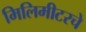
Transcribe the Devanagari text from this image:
मिलिमीटरचे